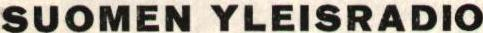
SUOMEN YLEISRADIO